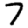
Digit: 7